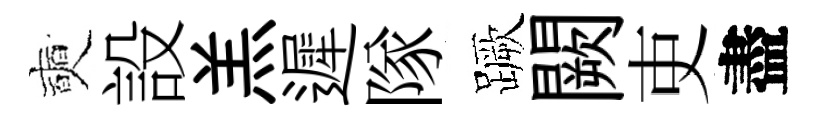
奭設羔遲隊蹶闕吏盡